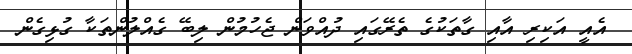
އެއީ އަކިރި އާއި ގާތަކުގެ ތެރޭގައި ދުއްވަން ޖެހުމުން ލިބޭ ގެއްލުންތަކާ ގުޅިގެން